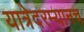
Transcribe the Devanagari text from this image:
यात्रेदरम्यानच